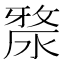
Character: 𣺶